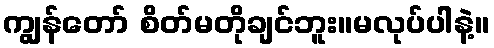
ကျွန်တော် စိတ်မတိုချင်ဘူး။မလုပ်ပါနဲ့။